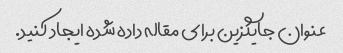
عنوان جایگزین برای مقاله داده شده ایجاد کنید.